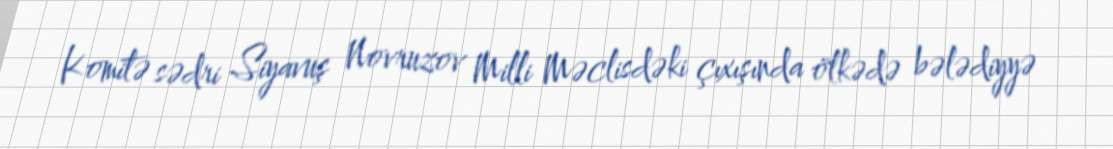
Komitə sədri Siyavuş Novruzov Milli Məclisdəki çıxışında ölkədə bələdiyyə